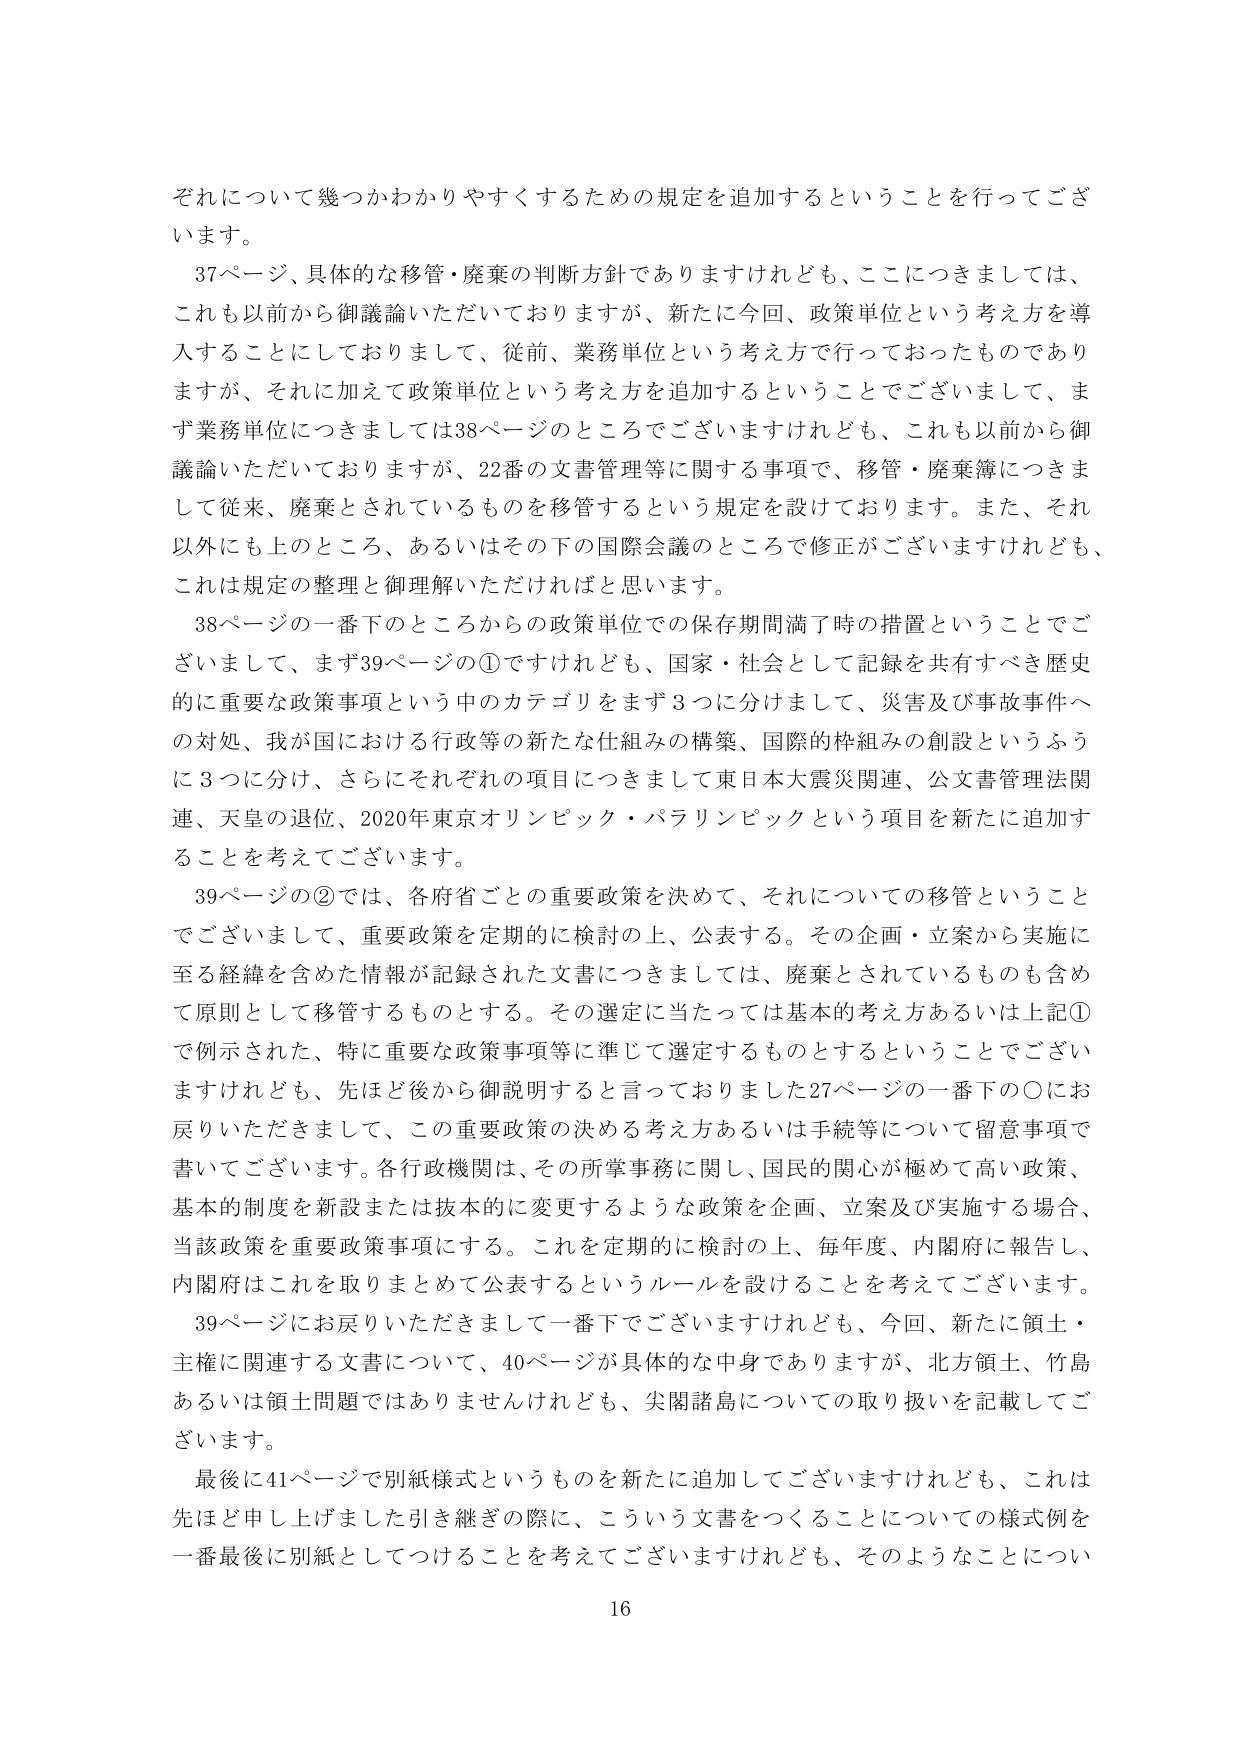
それについて幾つかわかりやすくするための規定を追加するということを行ってございます。

37ページ、具体的な移管・廃棄の判断方針でありますけれども、ここにつきましては、これも以前から御議論いただいておりますが、新たに今回、政策単位という考え方を導入することにしておりまして、従前、業務単位という考え方で行っておったものでありますが、それに加えて政策単位という考え方を追加するということでございまして、まず業務単位につきましては38ページのところでございますけれども、これも以前から御議論いただいておりますが、22番の文書管理等に関する事項で、移管・廃棄簿につきまして従来、廃棄とされているものを移管するという規定を設けております。また、それ以外にも上のところ、あるいはその下の国際会議のところで修正がございますけれども、これは規定の整理と御理解いただければと思います。

38ページの一番下のところからの政策単位での保存期間満了時の措置ということでございまして、まず39ページの①ですけれども、国家・社会として記録を共有すべき歴史的に重要な政策事項という中のカテゴリをまず3つに分けまして、災害及び事故事件への対処、我が国における行政等の新たな仕組みの構築、国際的枠組みの創設というふうに3つに分け、さらにそれぞれの項目につきまして東日本大震災関連、公文書管理法関連、天皇の退位、2020年東京オリンピック・パラリンピックという項目を新たに追加することを考えてございます。

39ページの②では、各府省ごとの重要政策を決めて、それについての移管ということでございまして、重要政策を定期的に検討の上、公表する。その企画・立案から実施に至る経緯を含めた情報が記録された文書につきましては、廃棄とされているものも含めて原則として移管するものとする。その選定に当たっては基本的考え方あるいは上記①で例示された、特に重要な政策事項等に準じて選定するものとするということでございますけれども、先ほど後から御説明すると言っておりました27ページの一番下の〇にお戻りいただきまして、この重要政策の決める考え方あるいは手続等について留意事項で書いてございます。各行政機関は、その所掌事務に関し、国民の関心が極めて高い政策、基本的制度を新設または抜本的に変更するような政策を企画、立案及び実施する場合、当該政策を重要政策事項にする。これを定期的に検討の上、毎年度、内閣府に報告し、内閣府はこれを取りまとめて公表するというルールを設けることを考えてございます。

39ページにお戻りいただきまして一番下でございますけれども、今回、新たに領土・主権に関連する文書について、40ページが具体的な中身でありますが、北方領土、竹島あるいは領土問題ではありませんけれども、尖閣諸島についての取り扱いを記載してございます。

最後に41ページで別紙様式というものを新たに追加してございますけれども、これは先ほど申し上げました引き継ぎの際に、こういう文書をつくることについての様式例を一番最後に別紙としてつけることを考えてございますけれども、そのようなことについ

16